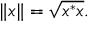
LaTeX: \| x \| = { \sqrt { x ^ { * } x } } .